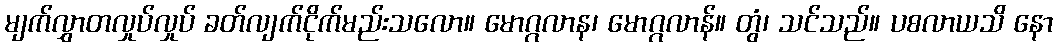
မျက်လွှာတလှုပ်လှုပ် ခတ်လျက်ငိုက်မည်းသလော။ မောဂ္ဂလာန၊ မောဂ္ဂလာန်။ တွံ၊ သင်သည်။ ပစလာယသိ နော